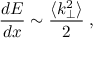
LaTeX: \frac { d E } { d x } \sim \frac { \langle k _ { \perp } ^ { 2 } \rangle } { 2 } \; ,